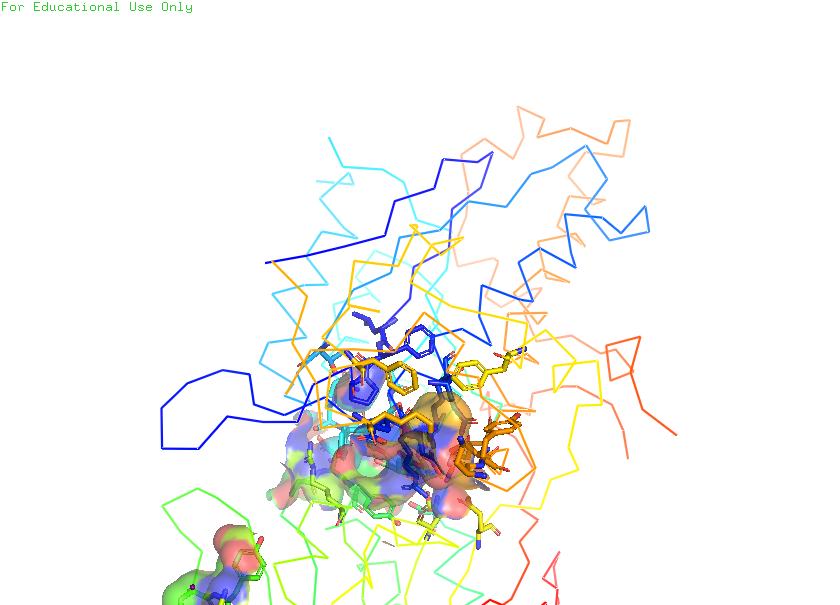
pymol, preset, ligand_sites_trans_hq